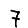
Digit: 7